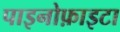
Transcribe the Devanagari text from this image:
पाइनोफ़ाइटा